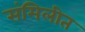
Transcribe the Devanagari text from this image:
संमिलीत